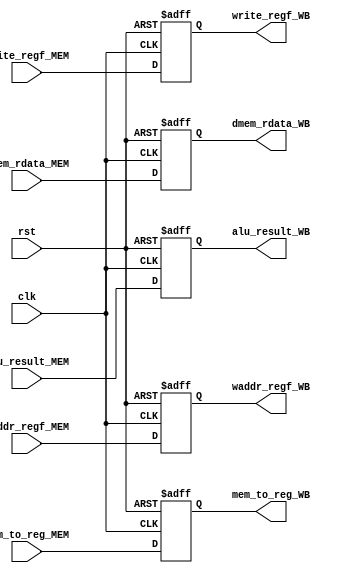
`timescale 1ns / 1ps

module MEM_WB_Register(
    clk,
    rst,
    write_regf_MEM,
    mem_to_reg_MEM,
    
    write_regf_WB,
    mem_to_reg_WB,
    
    dmem_rdata_MEM,
    alu_result_MEM,
    waddr_regf_MEM,
    
    dmem_rdata_WB,
    alu_result_WB,
    waddr_regf_WB
    );
    
    input clk;
    input rst;
    input write_regf_MEM;
    input mem_to_reg_MEM;
    
    output reg write_regf_WB;
    output reg mem_to_reg_WB;
    
    input [31:0] dmem_rdata_MEM;
    input [31:0] alu_result_MEM;
    input [4:0] waddr_regf_MEM;
    
    output reg [31:0] dmem_rdata_WB;
    output reg [31:0] alu_result_WB;
    output reg [4:0] waddr_regf_WB;
    
    always @(posedge clk or posedge rst) begin
        if(rst) begin
            write_regf_WB <= 1'b0;
            mem_to_reg_WB <= 1'b0;
            
            dmem_rdata_WB <= 32'd0;
            alu_result_WB <= 32'd0;
            waddr_regf_WB <= 32'd0;
        end
        else begin 
            write_regf_WB <= write_regf_MEM;
            mem_to_reg_WB <= mem_to_reg_MEM;
            
            dmem_rdata_WB <= dmem_rdata_MEM;
            alu_result_WB <= alu_result_MEM;
            waddr_regf_WB <= waddr_regf_MEM;
        end
    end
    
endmodule